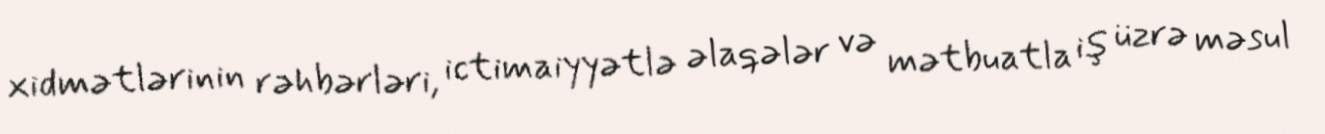
xidmətlərinin rəhbərləri, ictimaiyyətlə əlaqələr və mətbuatla iş üzrə məsul